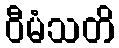
ဝီမံသတိ